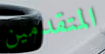
المتقدمين